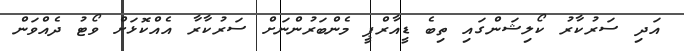
އަދި ސަރުކާރު ކޯލިޝަންގައި ތިބެ ޑީއާރްޕީ މެންބަރުންނަށް ސަރުކާރާ އެއްކޮޅަށް ވޯޓު ދެއްވަން